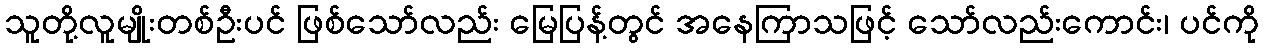
သူတို့လူမျိုးတစ်ဦးပင် ဖြစ်သော်လည်း မြေပြန့်တွင် အနေကြာသဖြင့် သော်လည်းကောင်း၊ ပင်ကို